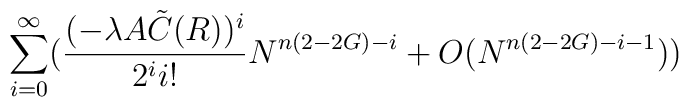
\sum_{i = 0}^\infty ( \frac{(- \lambda A {\tilde C} (R))^i}{2^i i !}N^{n ( 2 - 2 G ) - i} + O( N^{n ( 2 - 2 G ) - i - 1}))